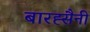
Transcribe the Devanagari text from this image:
बारह्सैनी